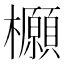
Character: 𭬻